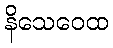
နိသေဝေထ